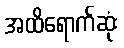
အထိရောက်ဆုံး